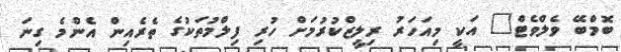
ބޮމްބޭ ވެލްވެޓް" އަކީ މިއަހަރު ރިލީޒްކުރުމަށް ހުރި ފިލްމުތަކުގެ ތެރެއިން އެންމެ ގިނަ